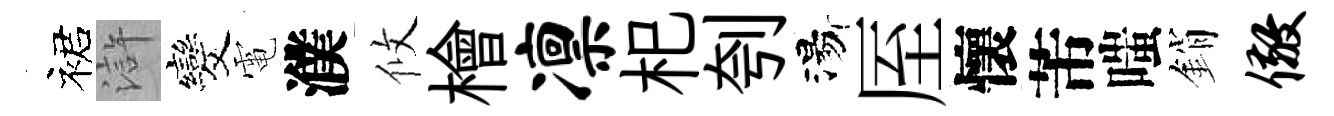
裙滸发電濮攸檜凛𣏌刳湯厔懷芾嗤銷儆